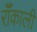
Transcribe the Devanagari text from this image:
रॉँकाली